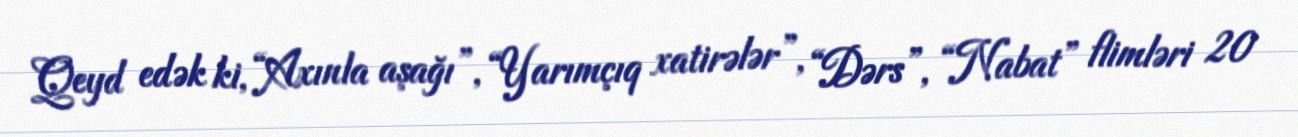
Qeyd edək ki, “Axınla aşağı”, “Yarımçıq xatirələr”, “Dərs”, “Nabat” flimləri 20